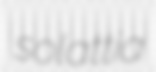
solattia